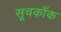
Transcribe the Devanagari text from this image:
सूचकाँक